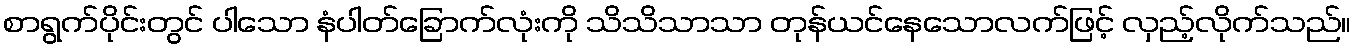
စာရွက်ပိုင်းတွင် ပါသော နံပါတ်ခြောက်လုံးကို သိသိသာသာ တုန်ယင်နေသောလက်ဖြင့် လှည့်လိုက်သည်။